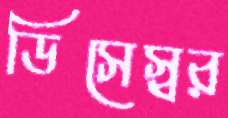
ডিসেস্বর